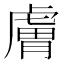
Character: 膚